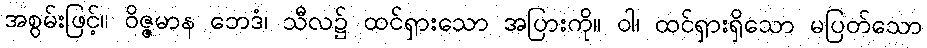
အစွမ်းဖြင့်။ ဝိဇ္ဇမာန ဘေဒံ၊ သီလ၌ ထင်ရှားသော အပြားကို။ ဝါ၊ ထင်ရှားရှိသော မပြတ်သော